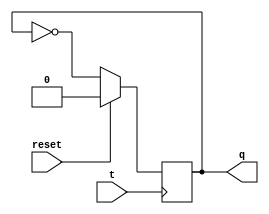
module T_Latch(q, t, reset);
	input t, reset;
	output q;
	reg q;
	always @(negedge t) begin
		if(reset)
			q <= 1'b0;
		else
			q <= ~q;
	end
endmodule